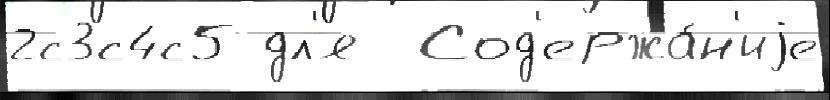
2с3с4с5 дл'я  Сод'ержа́н'иjе